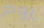
يوم